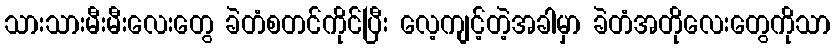
သားသားမီးမီးလေးတွေ ခဲတံစတင်ကိုင်ပြီး လေ့ကျင့်တဲ့အခါမှာ ခဲတံအတိုလေးတွေကိုသာ